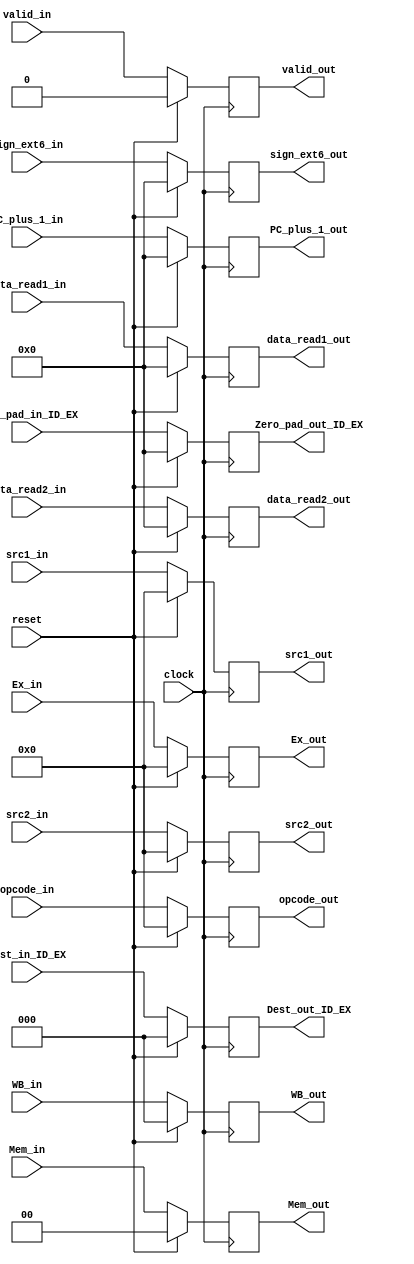
module ID_EX_reg(WB_in,Mem_in,Ex_in,data_read1_in,data_read2_in,
PC_plus_1_in,Zero_pad_in_ID_EX,
Dest_in_ID_EX,src1_in,src2_in,sign_ext6_in,
valid_in,opcode_in,
WB_out,Mem_out,Ex_out, data_read1_out,data_read2_out,Zero_pad_out_ID_EX,
Dest_out_ID_EX,
PC_plus_1_out,clock,reset,src1_out,
src2_out,sign_ext6_out,opcode_out,valid_out);

input [2:0] WB_in;
input [1:0] Mem_in;
input [3:0] Ex_in;
input [15:0] data_read1_in,data_read2_in,PC_plus_1_in,Zero_pad_in_ID_EX;
input clock,reset;
input [2:0] Dest_in_ID_EX;
input [3:0] src1_in,src2_in;
input [15:0] sign_ext6_in;
input [3:0] opcode_in;
input valid_in;

output reg [2:0] WB_out;
output reg [1:0] Mem_out;
output reg [3:0] Ex_out;
output reg [15:0] data_read1_out,data_read2_out,PC_plus_1_out,Zero_pad_out_ID_EX;
output reg [2:0] Dest_out_ID_EX;
output reg [3:0] src1_out,src2_out;
output reg [15:0] sign_ext6_out;
output reg [3:0] opcode_out;
output reg valid_out;

initial
begin

WB_out=3'b0;
Mem_out=2'b0;
Ex_out= 4'b0;
data_read1_out=16'b0;
data_read2_out=16'b0;
PC_plus_1_out=16'b0;
Zero_pad_out_ID_EX = 16'b0;
Dest_out_ID_EX = 3'b0;
src1_out=4'b0;
src2_out=4'b0;
sign_ext6_out=16'b0;
valid_out=1'b0;
opcode_out=4'b0;
end


always @(posedge clock)
begin

if(reset)
begin
WB_out<=3'b0;
Mem_out<=2'b0;
Ex_out<= 4'b0;
data_read1_out<=16'b0;
data_read2_out<=16'b0;
PC_plus_1_out<=16'b0;
src1_out<=4'b0;
src2_out<=4'b0;
Zero_pad_out_ID_EX <= 16'b0;
Dest_out_ID_EX <= 3'b0;
sign_ext6_out<=16'b0;
valid_out<=1'b0;
opcode_out<=4'b0;
end
else
begin
WB_out<=WB_in;
Mem_out<=Mem_in;
Ex_out<=Ex_in;
data_read1_out<=data_read1_in;
data_read2_out<=data_read2_in;
PC_plus_1_out<=PC_plus_1_in;
Zero_pad_out_ID_EX <= Zero_pad_in_ID_EX;
Dest_out_ID_EX <= Dest_in_ID_EX;
src1_out<=src1_in;
src2_out<=src2_in;
sign_ext6_out<=sign_ext6_in;
valid_out<=valid_in;
opcode_out<=opcode_in;
end
end
endmodule